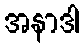
အနာဒါ